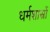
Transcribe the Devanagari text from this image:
धर्मशास्रों